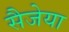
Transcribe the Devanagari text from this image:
सैजेया